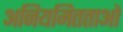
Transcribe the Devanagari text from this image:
अनियमितताओ